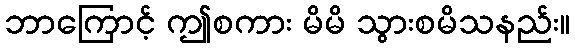
ဘာကြောင့် ဤစကား မိမိ သွားစမိသနည်း။